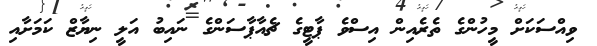
ވިއްސަކަށް މީހުންގެ ތެރެއިން އިސްވެ ޕާޓީގެ ޗެއާޕާސަންގެ ނައިބު އަލީ ނިޔާޒް ކަމަށާއި